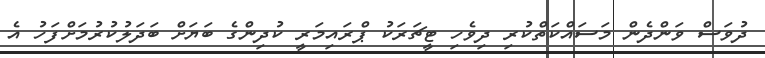
ދުވަސް ވަންދެން މަސައްކަތްކުރި ދިވެހި ޓީޗަރަކު ޕްރައިމަރީ ކުދިންގެ ބަޔަށް ބަދަލުކުރުމަށްފަހު އެ